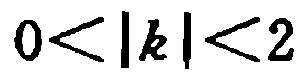
\(0<\vert k\vert<2\)